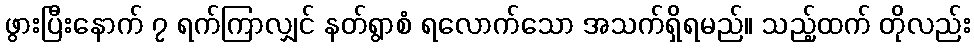
ဖွားပြီးနောက် ၇ ရက်ကြာလျှင် နတ်ရွာစံ ရလောက်သော အသက်ရှိရမည်။ သည့်ထက် တိုလည်း